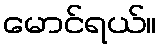
မောင်ရယ်။